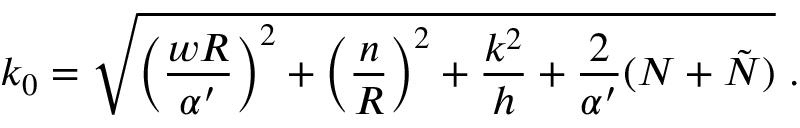
k _ { 0 } = \sqrt { \left( \frac { w R } { \alpha ^ { \prime } } \right) ^ { 2 } + \left( \frac { n } { R } \right) ^ { 2 } + \frac { k ^ { 2 } } { h } + \frac { 2 } { \alpha ^ { \prime } } ( N + \tilde { N } ) } ~ .